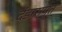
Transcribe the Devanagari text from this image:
दंडासप्त